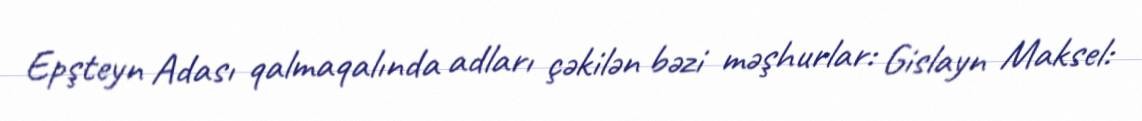
Epşteyn Adası qalmaqalında adları çəkilən bəzi məşhurlar: Gislayn Maksel: